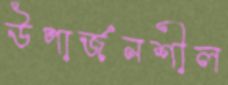
উপার্জনশীল